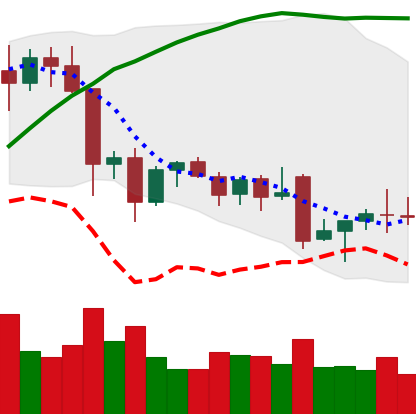
Ticker: EOS-USD
Chart end date: 2021-12-01
Forward return: -17.61%
Label: down_7plus